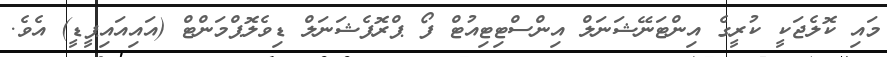
މައި ކޮލެޖަކީ ކުރީގެ އިންޓަނޭޝަނަލް އިންސްޓިޓިއުޓް ފޯ ޕްރޮފެޝަނަލް ޑިވެލޮޕްމަންޓް (އައިއައިޕީޑީ) އެވެ.